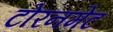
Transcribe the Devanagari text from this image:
टोरनमेंट